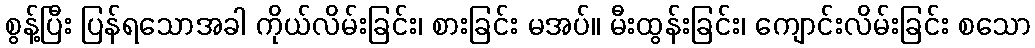
စွန့်ပြီး ပြန်ရသောအခါ ကိုယ်လိမ်းခြင်း၊ စားခြင်း မအပ်။ မီးထွန်းခြင်း၊ ကျောင်းလိမ်းခြင်း စသော